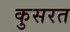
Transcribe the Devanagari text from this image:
कुसरत